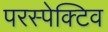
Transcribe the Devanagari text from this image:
परस्पेक्टिव